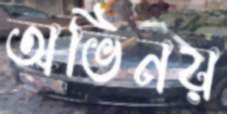
অভিনয়